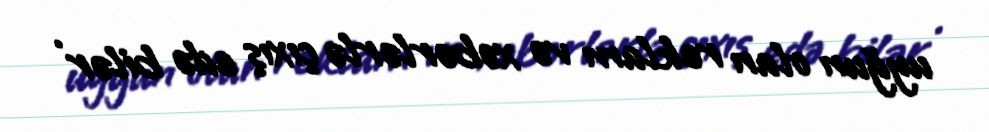
uyğun olan reklam və xəbərlərlə çıxış edə bilər .